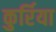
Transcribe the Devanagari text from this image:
कुर्रिया